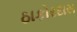
ઠાકોરદાસ